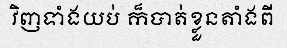
វិញទាំងយប់ ក៏បាត់ខ្លួនតាំងពី